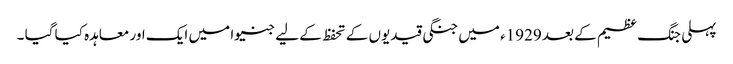
پہلی جنگ عظیم کے بعد 1929ء میں جنگی قیدیوں کے تحفظ کے لیے جنیوا میں ایک اور معاہدہ کیا گیا ۔